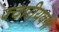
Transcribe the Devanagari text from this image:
ज्वारीयवनों